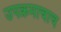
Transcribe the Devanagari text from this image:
उपक्रमाचाच